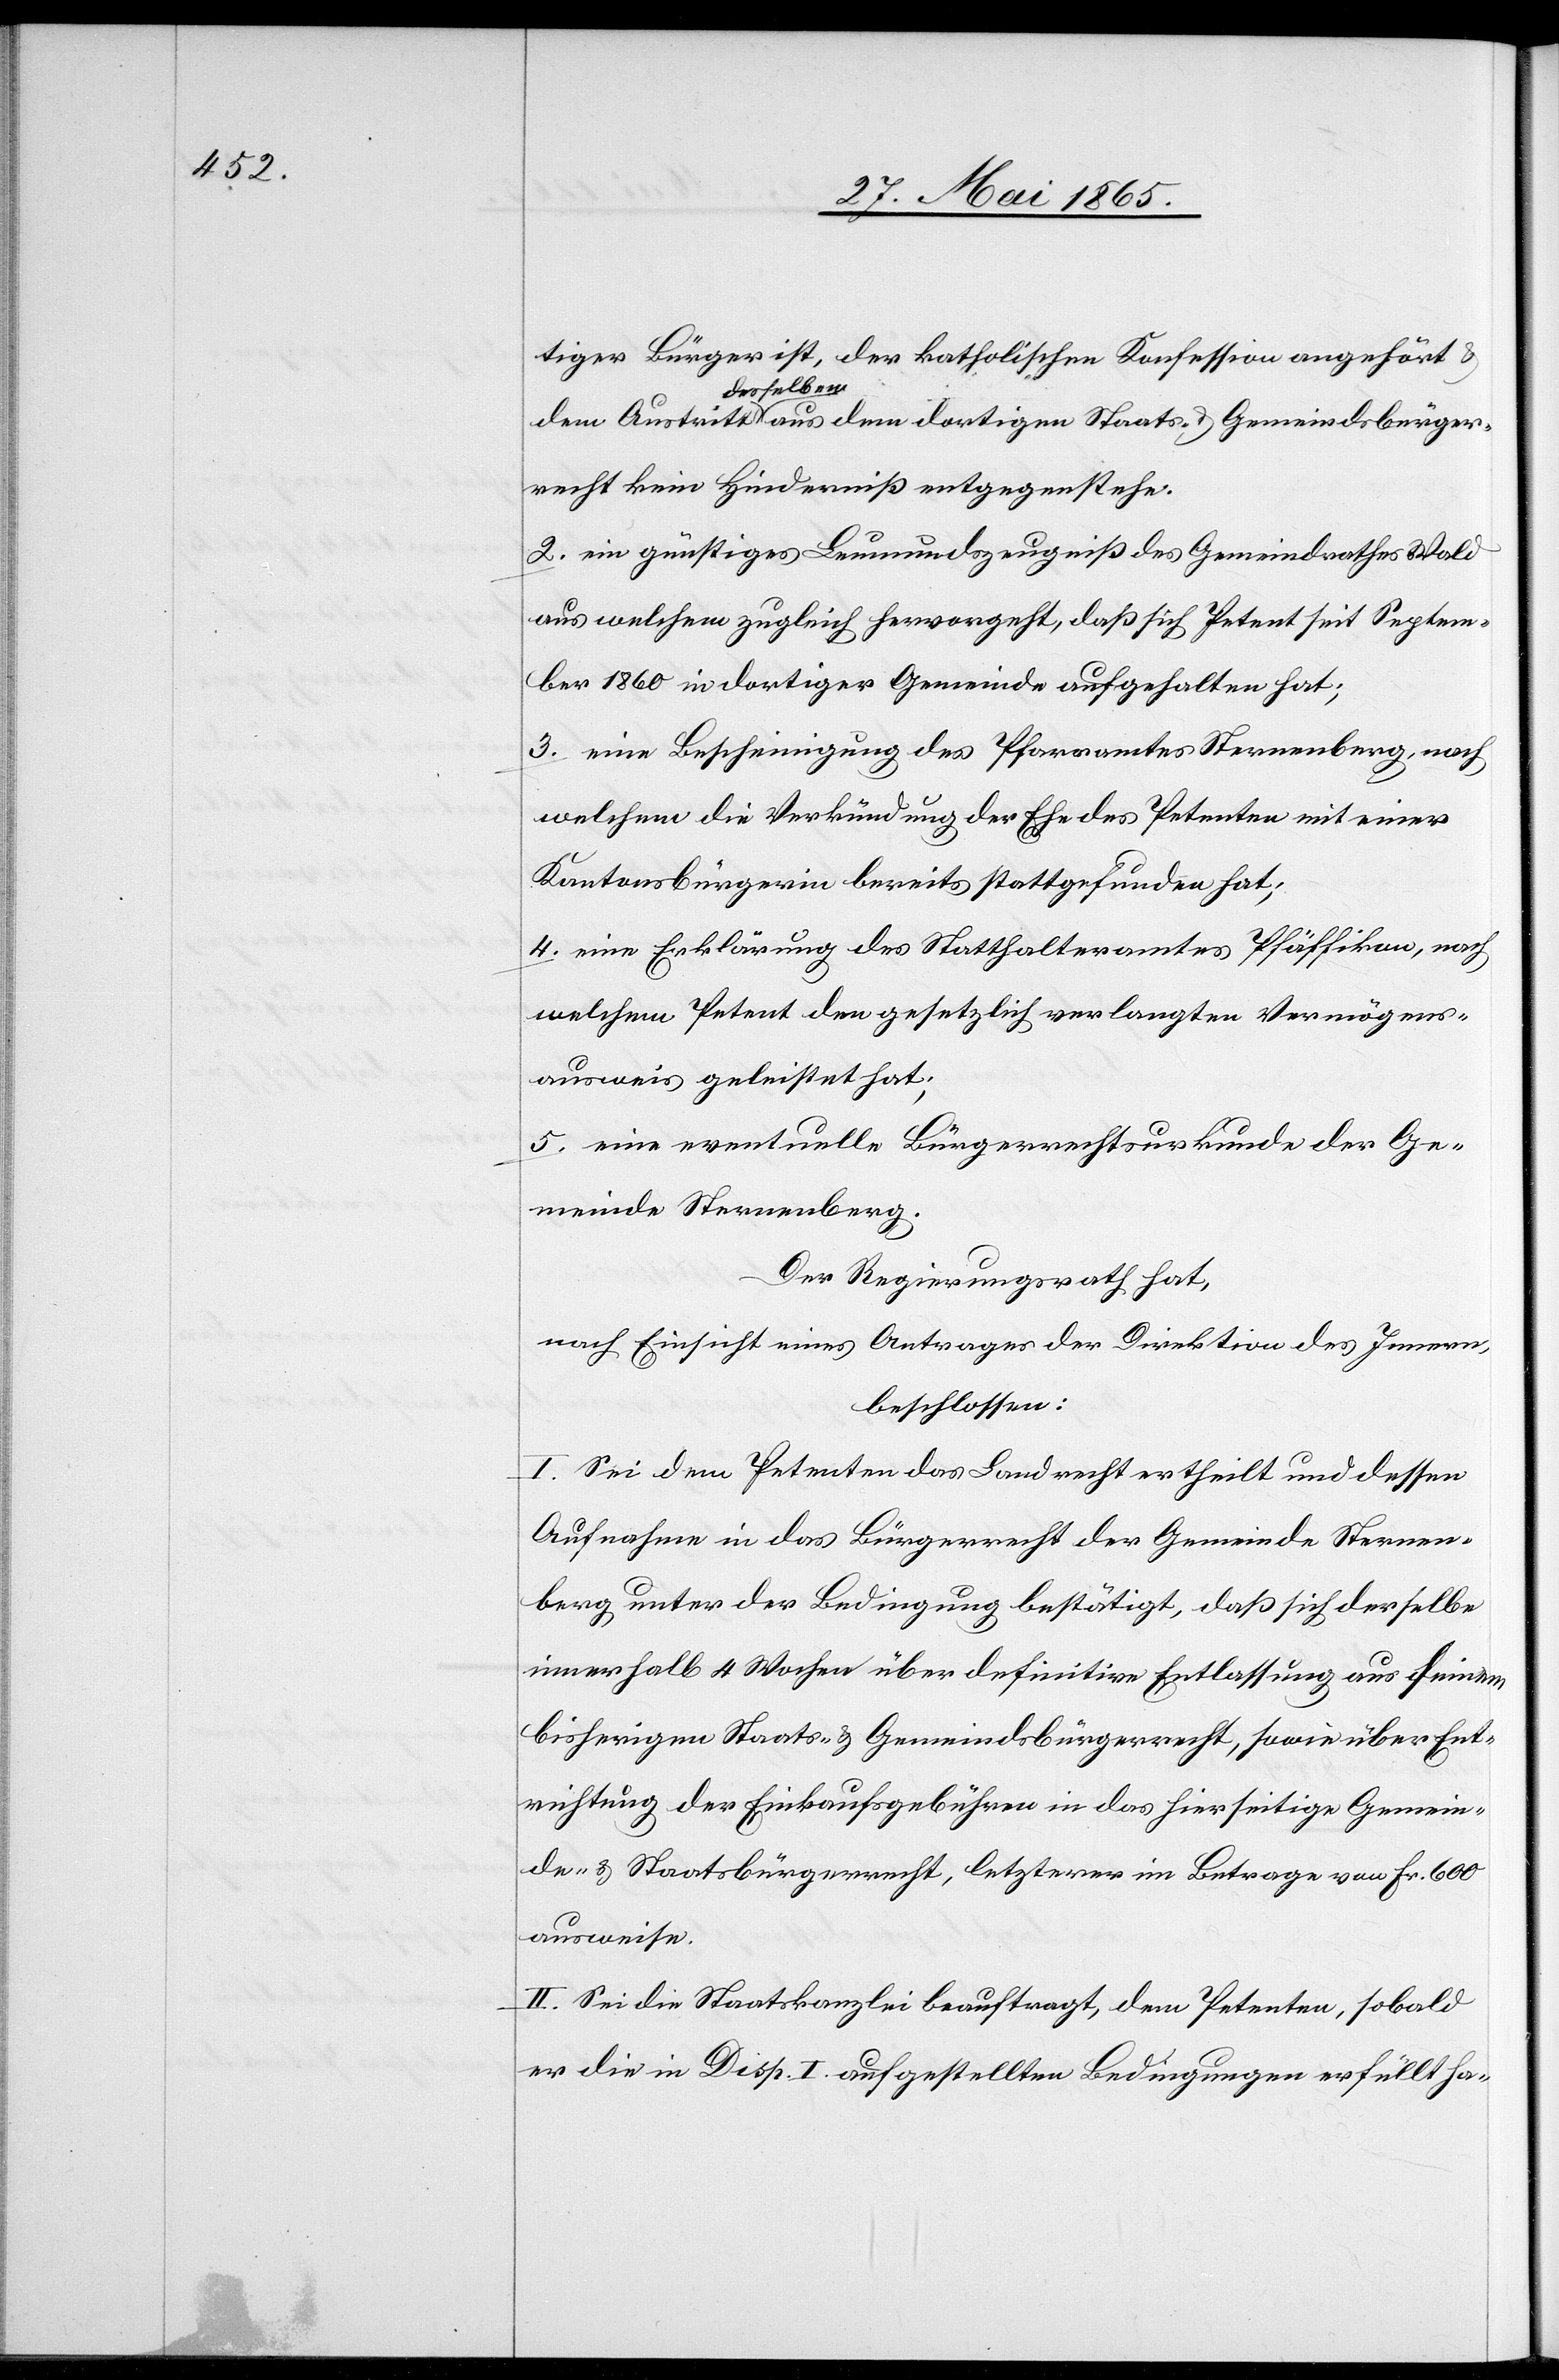
tiger Bürger ist, der katholischen Konfession angehört
desselben
2. ein günstiges Leumundszeugniß des Gemeindrathes Wald
aus welchem zugleich hervorgeht, daß sich Petent seit Septem¬
ber 1860 in dortiger Gemeinde aufgehalten hat;
3. eine Bescheinigung des Pfarramtes Sternenberg, nach
welchem die Verkündung der Ehe des Petenten mit einer
Kantonsbürgerin bereits stattgefunden hat;
4. eine Erklärung des Statthalteramtes Pfäffikon, nach
welchem Petent den gesetzlich verlangten Vermögens¬
ausweis geleistet hat;
5. eine eventuelle Bürgerrechtsurkunde der Ge¬
meinde Sternenberg.
Der Regierungsrath hat,
nach Einsicht eines Antrages der Direktion des Innern,
beschlossen:
I. Sei dem Petenten das Landrecht ertheilt und dessen
Aufnahme in das Bürgerrecht der Gemeinde Sternen¬
berg unter der Bedingung bestätigt, daß sich derselbe
innerhalb 4 Wochen über definitive Entlassung aus seinem
bisherigen Staats- & Gemeindsbürgerrecht, sowie über Ent¬
richtung der Einkaufsgebühren in das hierseitige Gemein¬
de- & Staatsbürgerrecht, letzterer im Betrage von Fr. 600
ausweise.
II. Sei die Staatskanzlei beauftrag, dem Petenten, sobald
er die in Disp. I. aufgestellten Bedingungen erfüllt ha-